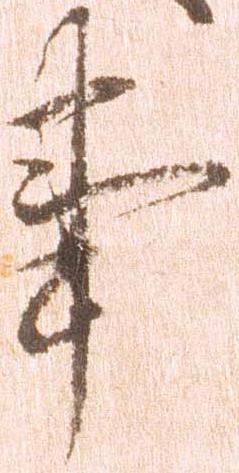
事